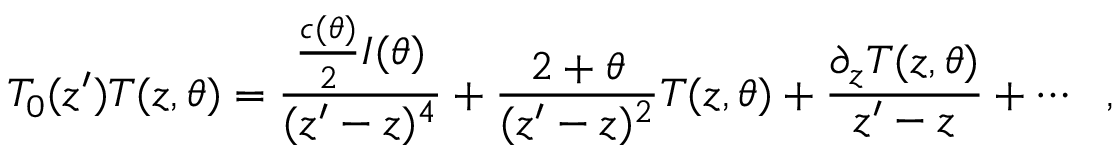
T _ { 0 } ( z ^ { \prime } ) T ( z , \theta ) = \frac { \frac { c ( \theta ) } { 2 } I ( \theta ) } { ( z ^ { \prime } - z ) ^ { 4 } } + \frac { 2 + \theta } { ( z ^ { \prime } - z ) ^ { 2 } } T ( z , \theta ) + \frac { \partial _ { z } T ( z , \theta ) } { z ^ { \prime } - z } + \cdots \: \: \: ,